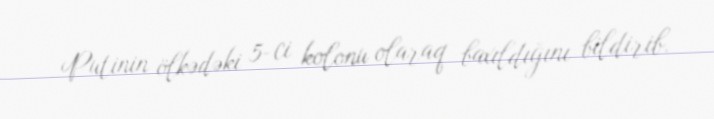
Putinin ölkədəki 5-ci kolonu olaraq baxıldığını bildirib.